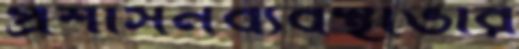
প্রশাসনব্যবস্থাভার